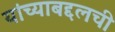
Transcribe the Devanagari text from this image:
यांच्याबद्दलची